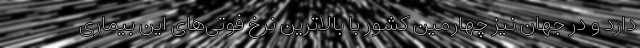
دارد و در جهان نیز چهارمین کشور با بالاترین نرخ فوتی‌های این بیماری